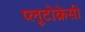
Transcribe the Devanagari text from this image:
प्लूटोक्रेसी